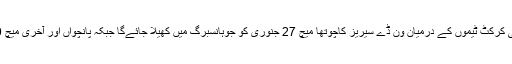
واضح رہے کہ پاکستان اور جنوبی افریقہ کی کرکٹ ٹیموں کے درمیان ون ڈے سیریز کاچوتھا میچ 27 جنوری کو جوہانسبرگ میں کھیلا جائےگا جبکہ پانچواں اور آخری میچ 30 جنوری کو کیپ ٹاﺅن میں کھیلا جائےگا۔